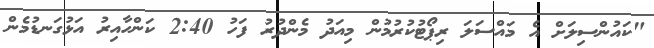
"ކައުންސިލަށް އެ މައްސަލަ ރިޕޯޓުކުރުމުން މިއަދު މެންދުރު ފަހު 2:40 ކަންހާއިރު އަޅުގަނޑުމެން